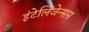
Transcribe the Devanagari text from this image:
इंटेलिजेन्सस